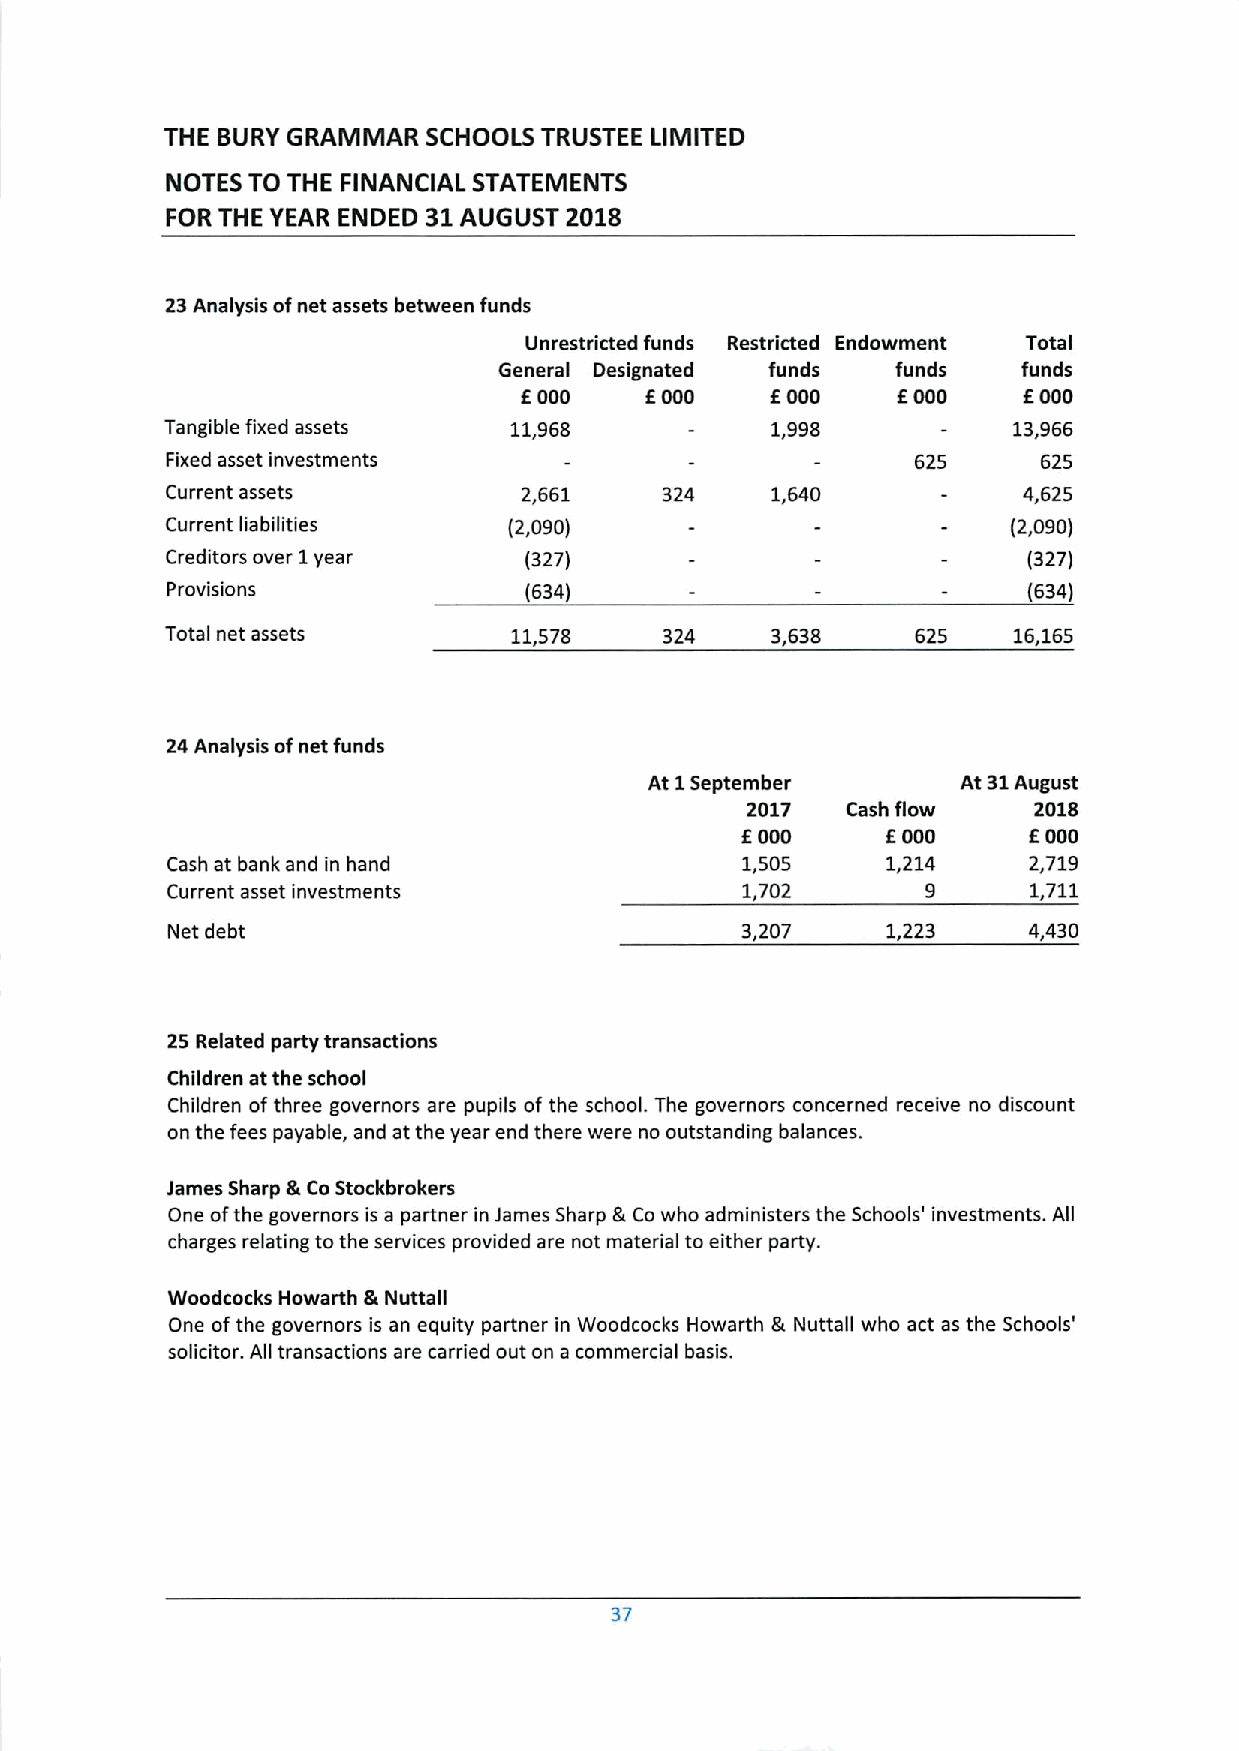
THE BURY GRAMMAR SCHOOLS TRUSTEE LIMITED
 NOTES TO THE FINANCIAL STATEMENTS
 FOR THE YEAR ENDED 31 AUGUST 201B
 23Analysis ofnet assets between funds
 Unrestricted funds Restricted Endowment Total
 General Designated funds  funds    funds
 f
 E000     E000     000    E000     E000
 Tangible fixed assets  11,968           1,998           13,966
 Fixed asset investments                           625     625
 Current assets         2,661     324    1,640            4,625
 Current liabilities    (2,090)                          (2,090)
 Creditors over 1year    (327)                            (327)
 Provisions              (634)                            (634)
 Total net assets       11,578    324    3,638     625   16,165
 24Analysis ofnet funds
 At 1September        At 31August
 2017   Cash flow   2018
 E000      E000     E000
 Cash at bank and in hand              1,505     1,214    2,719
 Current asset investments             1,702       9      1,711
 Net debt                              3,207     1223     4,430
 25 Related party transactions
 Children at the school
 Children ofthree governors are pupils ofthe school. The governors concerned receive no discount
 on the fees payable, and at the year end there were no outstanding balances.
 James Sharp &CoStockbrokers
 One ofthe governors is a partner in James Sharp 8 Cowho administers the Schools' investments. All
 charges relating to the services provided are not material to either party.
 Woodcocks Howarth gt Nuttall
 One ofthe governors is an equity partner in Woodcocks Howarth Jk Nuttall who act as the Schools'
 solicitor. All transactions are carried out on a commercial basis.
 37